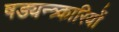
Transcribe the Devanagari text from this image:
षड्यन्त्र्कारियों